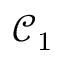
\mathcal { C } _ { 1 }